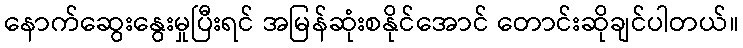
နောက်ဆွေးနွေးမှုပြီးရင် အမြန်ဆုံးစနိုင်အောင် တောင်းဆိုချင်ပါတယ်။